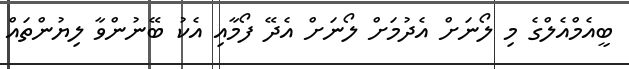
ބީއެމްއެލްގެ މި ލޯނަށް އެދުމަށް ލޯނަށް އެދޭ ފޯމާއި އެކު ބޭނުންވާ ލިޔުންތައް